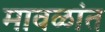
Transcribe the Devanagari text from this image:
मावळांत